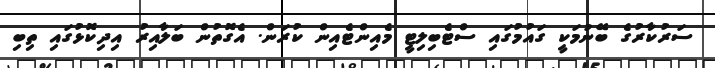
ސަރުކާރުގެ ބޭނުމަކީ ގައުމުގައި ސްޓެބިލިޓީ މެއިންޓެއިން ކުރަން. އެގޮތުން ބަލާއިރު އިދިކޮޅުގައި ތިބި